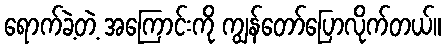
ရောက်ခဲ့တဲ့ အကြောင်းကို ကျွန်တော်ပြောလိုက်တယ်။